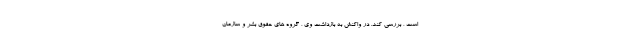
است ، بررسی کند. در واکنش به بازداشت وی ، گروه های حقوق بشر و سازمان